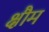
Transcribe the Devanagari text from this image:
क्षौम